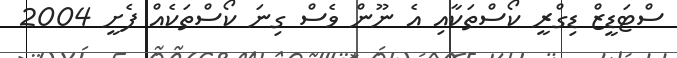
ސްޓަޑީޒް ޑިގްރީ ކޯސްތަކާއި އެ ނޫން ވެސް ގިނަ ކޯސްތަކެއް ފެށީ 2004